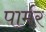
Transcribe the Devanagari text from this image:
पार्मर